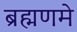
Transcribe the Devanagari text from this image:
ब्रह्मणमे